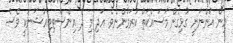
އިން އަންނަނީ ގުޅިގެން މަސައްކަތް ކުރަމުންނެވެ. އަދި މި ދެ އިންސްޓިޓިއުޝަނަކީ ވެސް